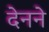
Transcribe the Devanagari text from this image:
देनने